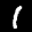
Label: 1